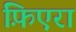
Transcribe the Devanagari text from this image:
फ़िएरा